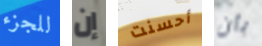
للجزء إن أحسنت بأن